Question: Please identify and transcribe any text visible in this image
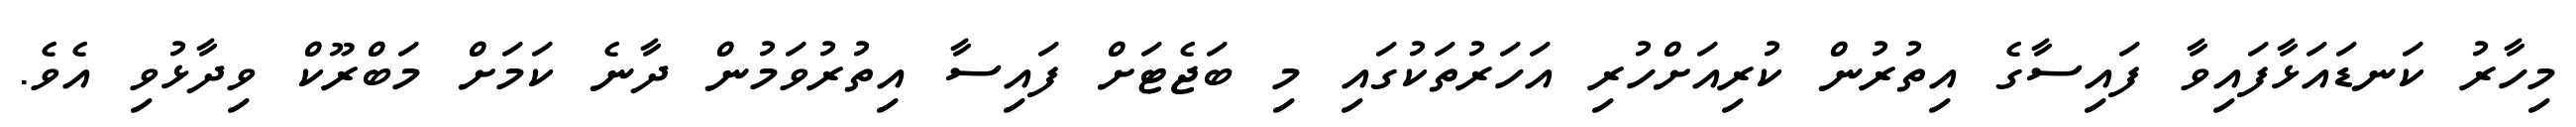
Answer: މިހާރު ކަނޑައަޅާފައިވާ ފައިސާގެ އިތުރުން ކުރިއަށްހުރި އަހަރުތަކުގައި މި ބަޖެޓަށް ފައިސާ އިތުރުވަމުން ދާނެ ކަމަށް މަބްރޫކް ވިދާޅުވި އެވެ.